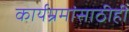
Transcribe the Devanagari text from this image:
कार्यम्रमांसाठीही